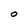
Character: 0